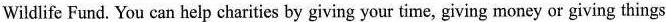
Wildlife Fund. You can help charities by giving your time, giving money or giving things